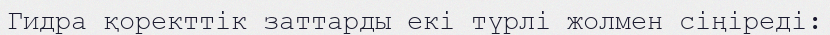
Гидра қоректтік заттарды екі түрлі жолмен сіңіреді: